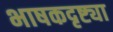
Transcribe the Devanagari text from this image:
भाषकदृष्ट्या